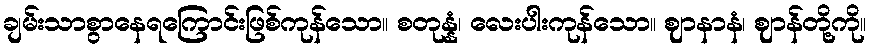
ချမ်းသာစွာနေရကြောင်းဖြစ်ကုန်သော။ စတုန္နံ၊ လေးပါးကုန်သော။ ဈာနာနံ၊ ဈာန်တို့ကို။